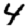
Digit: 4